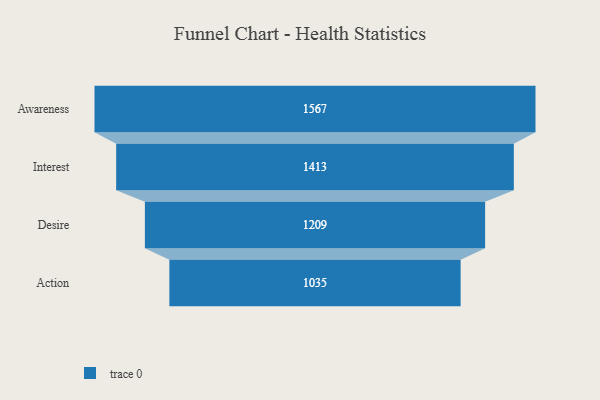
{"axis": {"x": "Stage", "y": "Value"}, "legend": [""], "data": [{"x": "Awareness", "y": 1567.0, "type": ""}, {"x": "Interest", "y": 1413.0, "type": ""}, {"x": "Desire", "y": 1209.0, "type": ""}, {"x": "Action", "y": 1035.0, "type": ""}]}